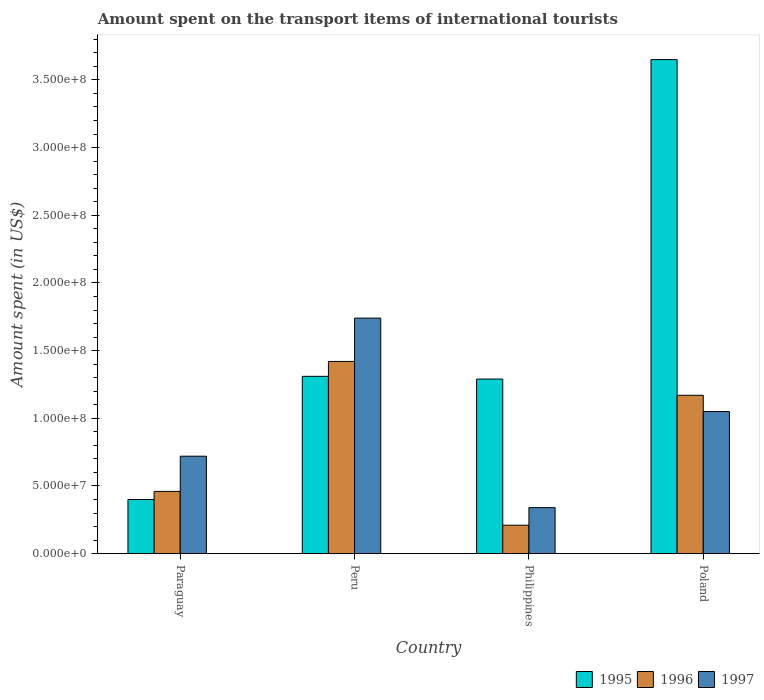
| Country | 1995 | 1996 | 1997 |
 | --- | --- | --- | --- |
 | Paraguay | 4e+07 | 4.6e+07 | 7.2e+07 |
 | Peru | 1.31e+08 | 1.42e+08 | 1.74e+08 |
 | Philippines | 1.29e+08 | 2.1e+07 | 3.4e+07 |
 | Poland | 3.65e+08 | 1.17e+08 | 1.05e+08 |